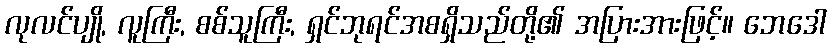
လုလင်ပျို, လူကြီး, စစ်သူကြီး, ရှင်ဘုရင်အစရှိသည်တို့၏ အပြားအားဖြင့်။ ဘေဒေါ